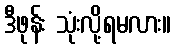
ဒီဖုန်း သုံးလို့ရမလား။